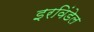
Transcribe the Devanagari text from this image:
इरविंडेल